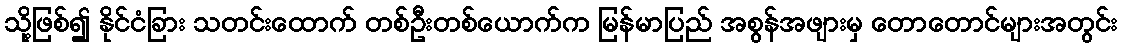
သို့ဖြစ်၍ နိုင်ငံခြား သတင်းထောက် တစ်ဦးတစ်ယောက်က မြန်မာပြည် အစွန်အဖျားမှ တောတောင်များအတွင်း